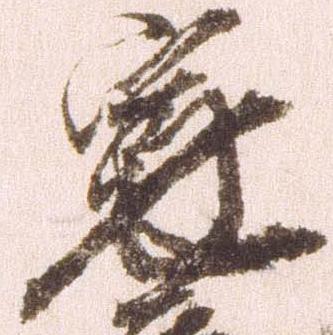
寛